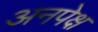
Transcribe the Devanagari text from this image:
अनपेक्ष